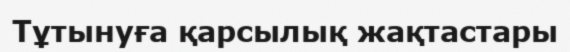
Тұтынуға қарсылық жақтастары